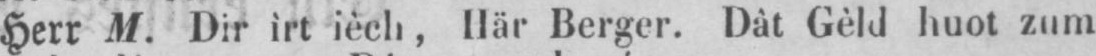
Herr M. Dir ìrt iéch, Här Berger. Dât Gèld huot zum